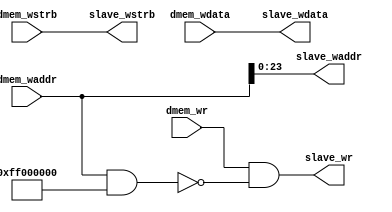
`timescale 1ns/100ps

module wbus #(
  parameter  BASEADDR = 32'h0000_0000,
  parameter  BASEADDR_WIDTH = 8,
  parameter  SLAVEADDR_WIDTH = 32-BASEADDR_WIDTH
) (
  input                         dmem_wr,
  input                  [31:0] dmem_waddr,
  input                  [ 3:0] dmem_wstrb,
  input                  [31:0] dmem_wdata,

  output                        slave_wr,
  output  [SLAVEADDR_WIDTH-1:0] slave_waddr,
  output                 [ 3:0] slave_wstrb,
  output                 [31:0] slave_wdata
);

  localparam OFFADDR_WIDTH = 32-BASEADDR_WIDTH;

  wire [31:0] waddr_mask;
  wire sel;
  
  assign waddr_mask = { {BASEADDR_WIDTH{1'b1}}, {OFFADDR_WIDTH{1'b0}} };
  
  assign sel = ((dmem_waddr & waddr_mask) == BASEADDR);
  assign slave_wr = dmem_wr & sel;
  assign slave_waddr = dmem_waddr[SLAVEADDR_WIDTH-1:0];
  assign slave_wdata = dmem_wdata;
  assign slave_wstrb = dmem_wstrb;

endmodule